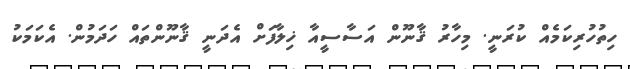
ހިތުހުރިކަމެއް ކުރަނީ. މިހާރު ޤާނޫން އަސާސީއާ ޚިލާފަށް އެދަނީ ޤާނޫންތައް ހަދަމުން. އެކަމަކު